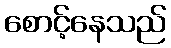
စောင့်နေသည်